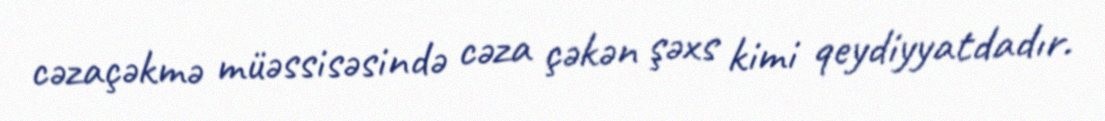
cəzaçəkmə müəssisəsində cəza çəkən şəxs kimi qeydiyyatdadır.